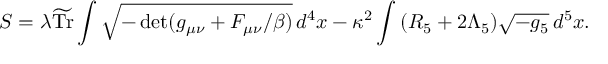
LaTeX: S = \lambda \widetilde { \mathrm { T r } } \int \sqrt { - \operatorname * { d e t } ( g _ { \mu \nu } + F _ { \mu \nu } / \beta ) } \, d ^ { 4 } x - \kappa ^ { 2 } \int \, ( R _ { 5 } + 2 \Lambda _ { 5 } ) \sqrt { - g _ { 5 } } \, d ^ { 5 } x .